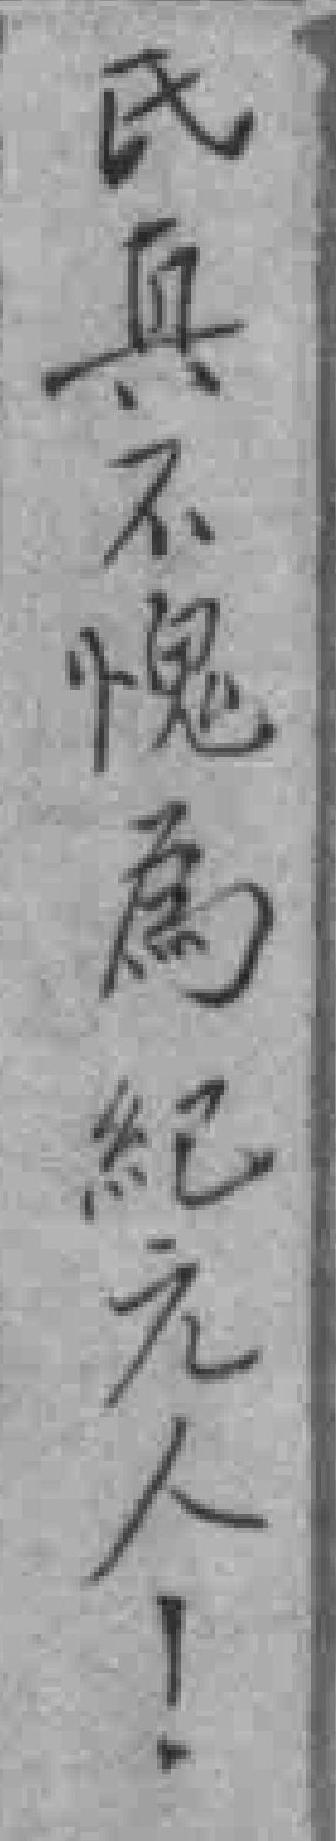
氏真不愧為紀元人！